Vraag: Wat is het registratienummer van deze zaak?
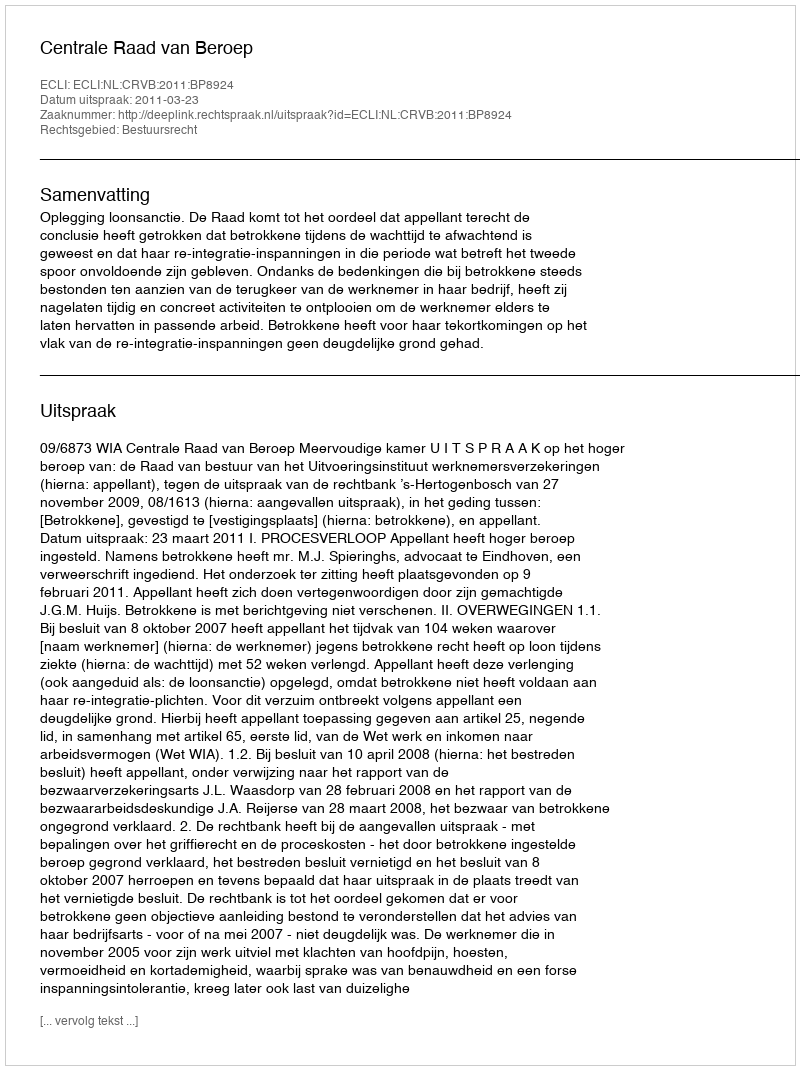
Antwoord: http://deeplink.rechtspraak.nl/uitspraak?id=ECLI:NL:CRVB:2011:BP8924